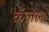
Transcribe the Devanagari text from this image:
कॅलान